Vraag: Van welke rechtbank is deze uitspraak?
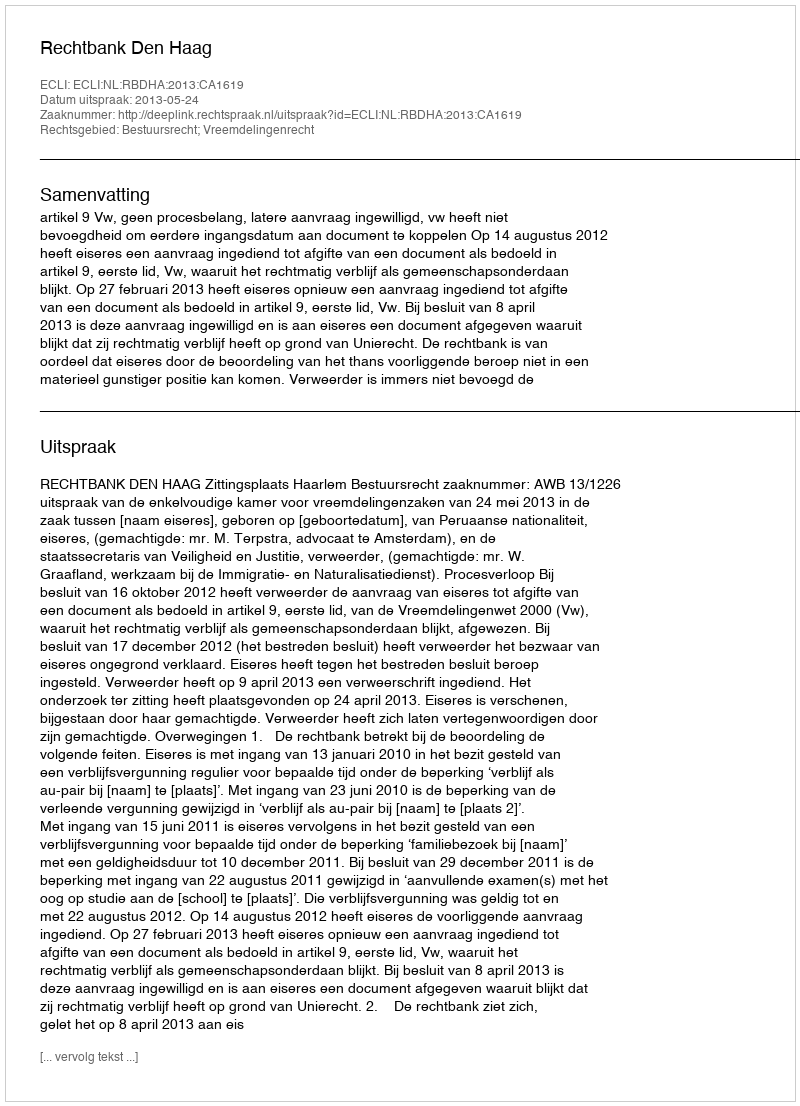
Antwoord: Rechtbank Den Haag